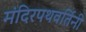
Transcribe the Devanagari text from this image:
मंदिरपथवर्तिनी